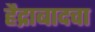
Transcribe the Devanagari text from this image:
हैद्राबादचा